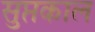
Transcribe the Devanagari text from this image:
सुप्तकाल